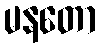
မနတော